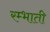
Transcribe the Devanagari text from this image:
रम्भाती